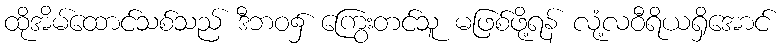
ထိုအိမ်ထောင်သစ်သည် ဒီဘဝ၌ ကြွေးတင်သူ မဖြစ်ဖို့ရန် လုံ့လဝီရိယရှိအောင်